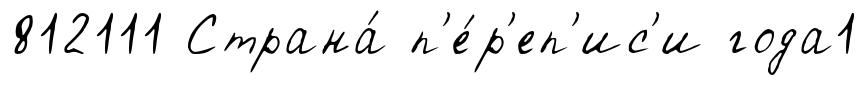
812111 Страна́ п'е́р'еп'ис'и года1